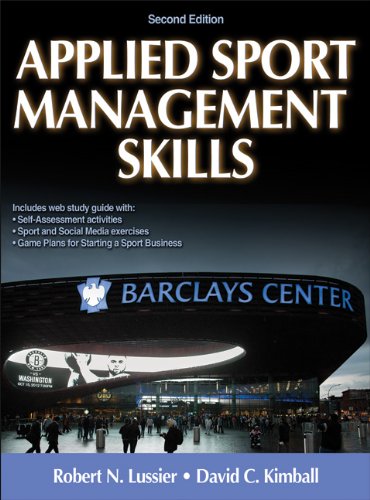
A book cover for Applied Sport Management Skills-2nd Edition With Web Study Guide; Robert Lussier; Business & Money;